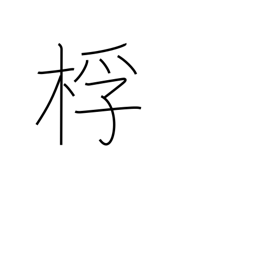
Meaning: drumstick